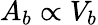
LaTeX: A_{b}\propto V_{b}